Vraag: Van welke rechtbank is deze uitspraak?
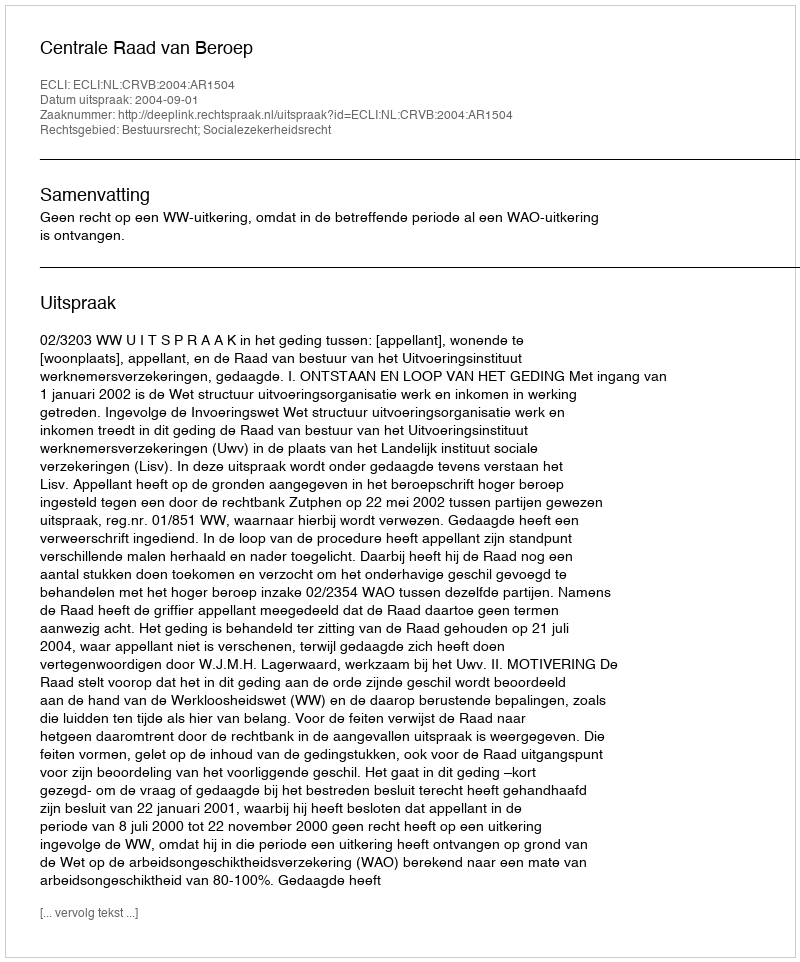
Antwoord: Centrale Raad van Beroep